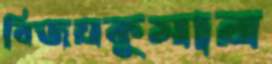
বিজয়কুমার